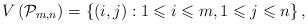
LaTeX: \begin{align*}V\left( \mathcal{P}_{m,n} \right)=\left\{ \left( i,j\right) :1\leqslant i\leqslant m,1\leqslant j\leqslant n\right\},\end{align*}